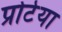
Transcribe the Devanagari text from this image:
प्रोटेया